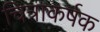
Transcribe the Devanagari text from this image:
चित्राकर्षक